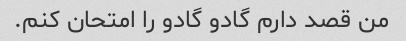
من قصد دارم گادو گادو را امتحان کنم.